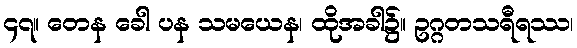
၄၇။ တေန ခေါ ပန သမယေန၊ ထိုအခါ၌။ ဥဂ္ဂတသရီရဿ၊